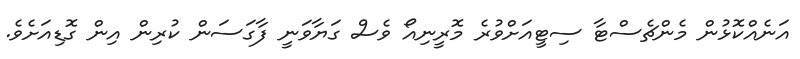
އަނެއްކޮޅުން މެންޗެސްޓާ ސިޓީއަށްވުރެ މޮރީނިއޯ ވެސް ގަޔާވަނީ ފާގަސަން ކުރިން އިން ގޮޑިއަށެވެ.